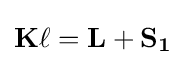
\mathbf {K} \ell =\mathbf {L} +\mathbf {S_{1}}